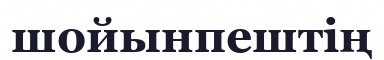
шойынпештің